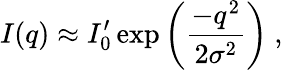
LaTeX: I(q)\approx I_{0}^{\prime}\exp\left({\frac{-q^{2}}{2\sigma^{2}}}\right)\ ,